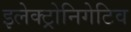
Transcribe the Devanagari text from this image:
इलेक्ट्रोनिगेटिव